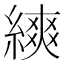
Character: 𦄍